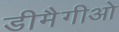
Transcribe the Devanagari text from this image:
डीमैगीओ